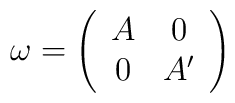
\omega =  \left( \begin{array}{cc} A & 0 \\ 0  & A'  \end{array} \right)